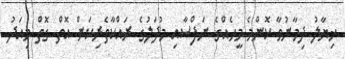
ޚިޔާލު ދިމާނުވާ ކޮންމެ މީހެއްގެ ނަފްސާއި މުދަލުގެ ރައްކާތެރިކަން އޮތް ގޮތް މިއަދު